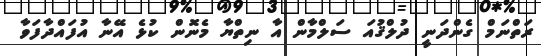
ރަތްނަމް ގެންދަނީ ދުލްޤުއަ ސަލްމާން އާ ނިތްޔާ މެނޮން ކުޅެ އޭނާ އުފައްދާފަވާ